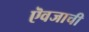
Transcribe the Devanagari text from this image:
ऎवजाची